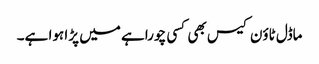
ماڈل ٹاؤن کیس بھی کسی چوراہے میں پڑا ہوا ہے۔